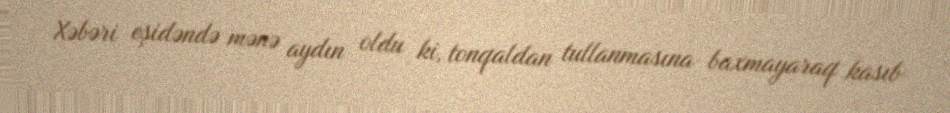
Xəbəri eşidəndə mənə aydın oldu ki, tonqaldan tullanmasına baxmayaraq kasıb